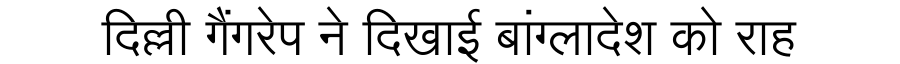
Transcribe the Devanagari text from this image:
दिल्ली गैंगरेप ने दिखाई बांग्लादेश को राह